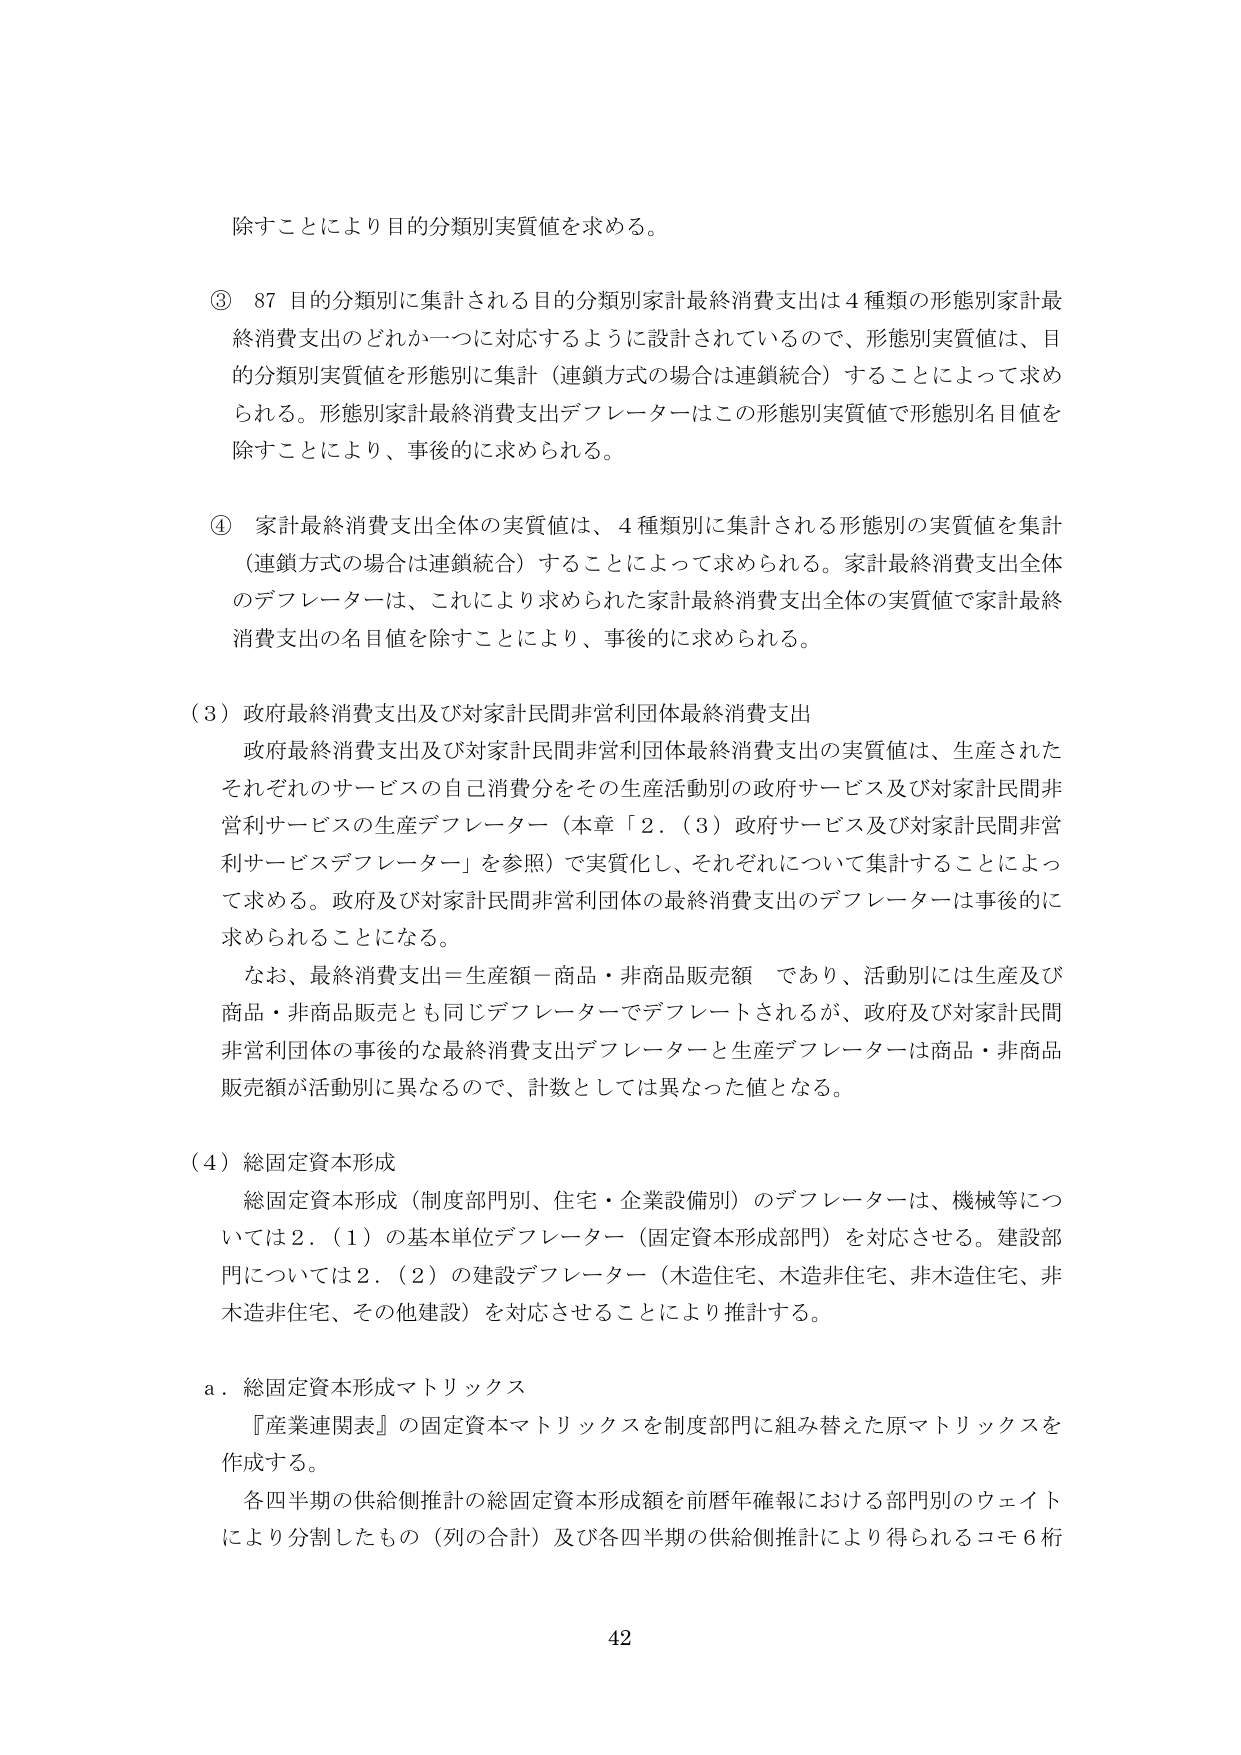
除すことにより目的分類別実質値を求める。

③ 87 目的分類別に集計される目的分類別家計最終消費支出は４種類の形態別家計最終消費支出のどれか一つに対応するように設計されているので、形態別実質値は、目的分類別実質値を形態別に集計（連鎖方式の場合は連鎖統合）することによって求められる。形態別家計最終消費支出デフレーターはこの形態別実質値で形態別名目値を除すことにより、事後的に求められる。

④ 家計最終消費支出全体の実質値は、４種類別に集計される形態別の実質値を集計（連鎖方式の場合は連鎖統合）することによって求められる。家計最終消費支出全体のデフレーターは、これにより求められた家計最終消費支出全体の実質値で家計最終消費支出の名目値を除すことにより、事後的に求められる。

（３）政府最終消費支出及び対家計民間非営利団体最終消費支出
政府最終消費支出及び対家計民間非営利団体最終消費支出の実質値は、生産されたそれぞれのサービスの自己消費分をその生産活動別の政府サービス及び対家計民間非営利サービスの生産デフレーター（本章「2．（3）政府サービス及び対家計民間非営利サービスデフレーター」を参照）で実質化し、それぞれについて集計することによって求める。政府及び対家計民間非営利団体の最終消費支出のデフレーターは事後的に求められることになる。
なお、最終消費支出＝生産額－商品・非商品販売額 であり、活動別には生産及び商品・非商品販売とも同じデフレーターでデフレートされるが、政府及び対家計民間非営利団体の事後的な最終消費支出デフレーターと生産デフレーターは商品・非商品販売額が活動別に異なるので、計数としては異なった値となる。

（４）総固定資本形成
総固定資本形成（制度部門別、住宅・企業設備別）のデフレーターは、機械等については2．（1）の基本単位デフレーター（固定資本形成部門）を対応させる。建設部門については2．（2）の建設デフレーター（木造住宅、木造非住宅、非木造住宅、非木造非住宅、その他建設）を対応させることにより推計する。

ａ．総固定資本形成マトリックス
『産業連関表』の固定資本マトリックスを制度部門に組み替えた原マトリックスを作成する。
各四半期の供給側推計の総固定資本形成額を前暦年確報における部門別のウェイトにより分割したもの（列の合計）及び各四半期の供給側推計により得られるコモ６桁

42